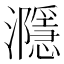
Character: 㶏